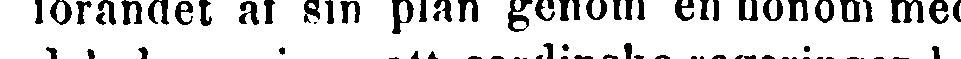
förandet af sin plan genom en honom med-